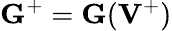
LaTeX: {\mathbf G}^{+}={\mathbf G}({{\mathbf V}}^{+})